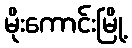
မိုးကောင်းမြို့